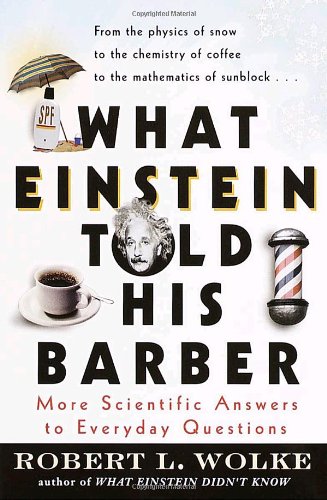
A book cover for What Einstein Told His Barber: More Scientific Answers to Everyday Questions; Robert Wolke; Humor & Entertainment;